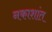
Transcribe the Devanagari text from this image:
नकाशांत